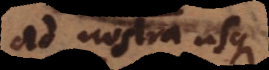
ad nostra usque.